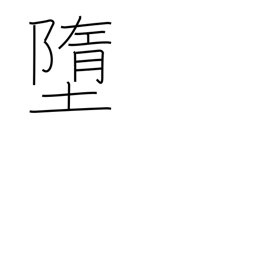
Meaning: descend to